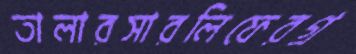
তালারসারলিফেরগ্র